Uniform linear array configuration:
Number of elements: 32
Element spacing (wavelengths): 0.25
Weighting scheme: binomial
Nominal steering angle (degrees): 60
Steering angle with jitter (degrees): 58.39
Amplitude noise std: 0.05
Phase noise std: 0.05

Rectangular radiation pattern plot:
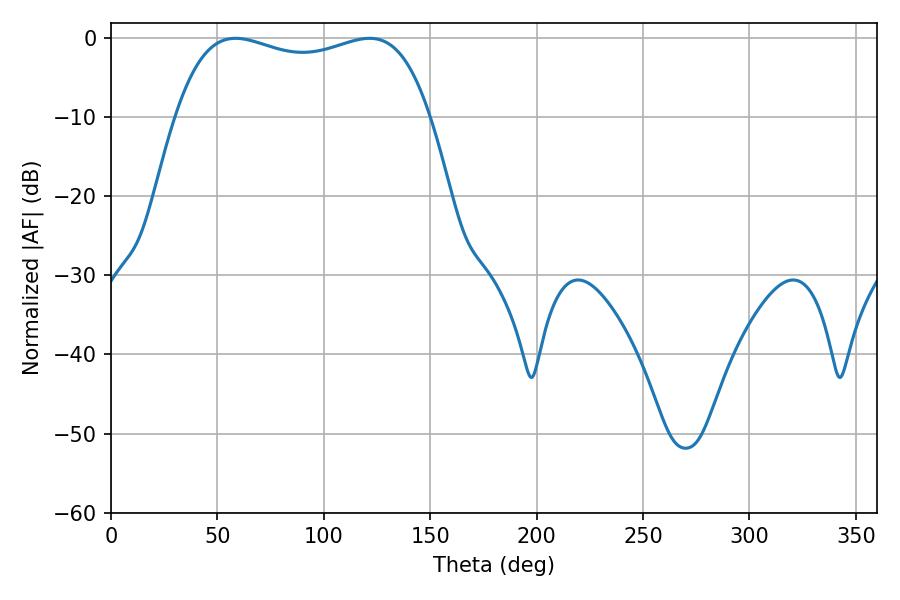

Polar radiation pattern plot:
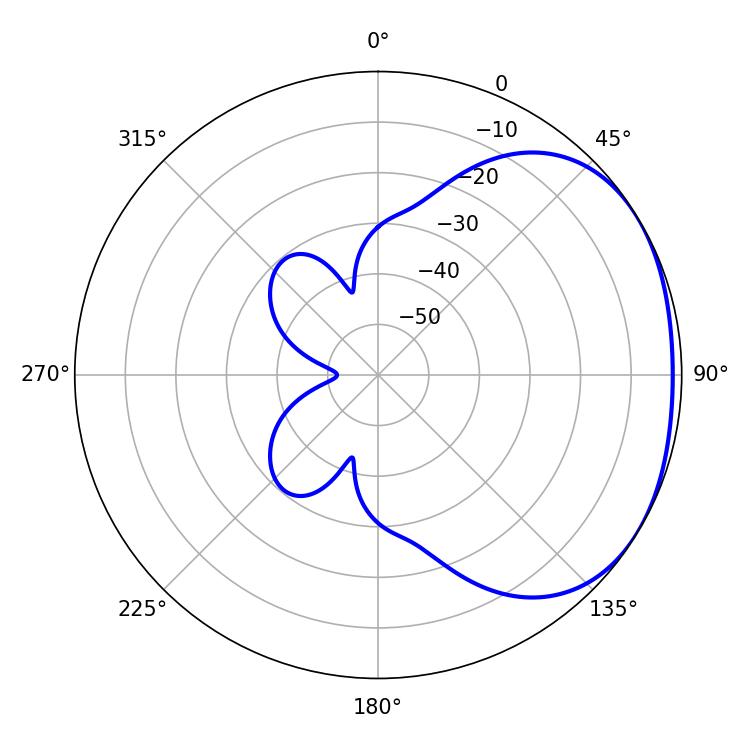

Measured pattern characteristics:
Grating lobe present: FALSE
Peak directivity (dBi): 1.876
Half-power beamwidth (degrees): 97.2
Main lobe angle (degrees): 121.5